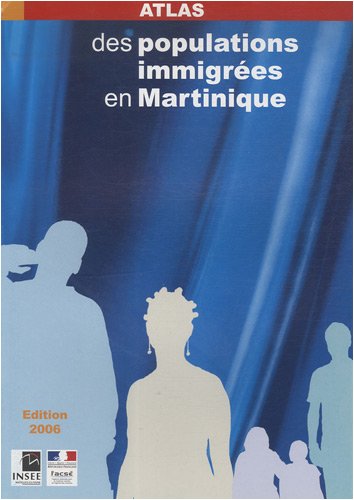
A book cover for Atlas des populations immigrÃ©es en Martinique; Travel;